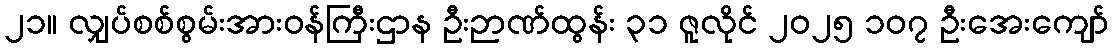
၂၁။ လျှပ်စစ်စွမ်းအားဝန်ကြီးဌာန ဦးဉာဏ်ထွန်း ၃၁ ဇူလိုင် ၂၀၂၅ ၁၀၇ ဦးအေးကျော်